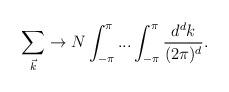
LaTeX: \begin{align*}\sum_{\vec{k}} \rightarrow N \int_{-\pi}^{\pi} ... \int_{-\pi}^{\pi} \frac{d^{d}k}{(2 \pi)^{d}}.\end{align*}